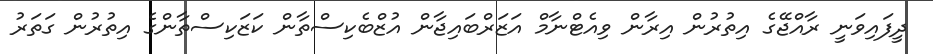
ދީފައިވަނީ ރާއްޖޭގެ އިތުރުން އިރާން ވިއެޓްނާމް އަޒަރްބައިޖާން އުޒްބެކިސްތާން ކަޒަކިސްތާންގެ އިތުރުން ގަތަރު